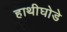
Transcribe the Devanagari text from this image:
हाथीघोडे